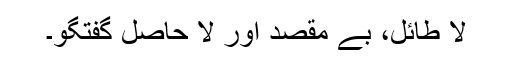
لا طائل، بے مقصد اور لا حاصل گفتگو۔